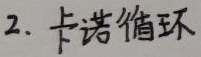
2. 卡诺循环